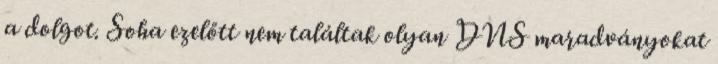
a dolgot. Soha ezelőtt nem találtak olyan DNS maradványokat